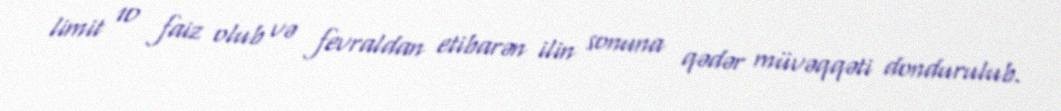
limit 10 faiz olub və fevraldan etibarən ilin sonuna qədər müvəqqəti dondurulub.